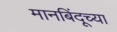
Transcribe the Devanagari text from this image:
मानबिंदूच्या